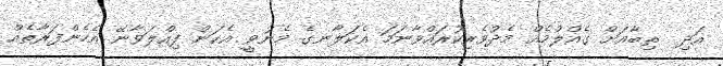
އަދި  ތިބާއަށް ގެއްލުމެއް މެދުވެރިކުރައްވާނަމަ އެކަލާނގެ މެނުވީ އެކަން ފިއްލަވާނޭ އެހެންފަރާތެއް